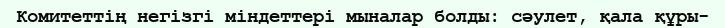
Комитеттің негізгі міндеттері мыналар болды: сәулет, қала құры-